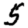
Digit: 5